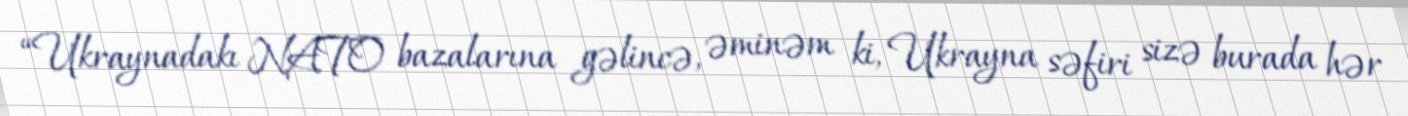
“Ukraynadakı NATO bazalarına gəlincə, əminəm ki, Ukrayna səfiri sizə burada hər